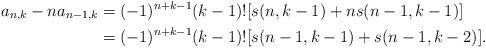
LaTeX: \begin{align*}a_{n,k}-na_{n-1,k}&=(-1)^{n+k-1}(k-1)![s(n,k-1)+ns(n-1,k-1)]\\&=(-1)^{n+k-1}(k-1)![s(n-1,k-1)+s(n-1,k-2)].\end{align*}